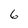
Character: 6